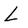
Character: L